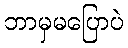
ဘာမှမပြောပဲ